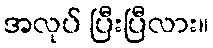
အလုပ် ပြီးပြီလား။